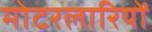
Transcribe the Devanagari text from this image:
मोटरलारियों